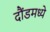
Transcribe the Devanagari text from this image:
दौंडमध्ये